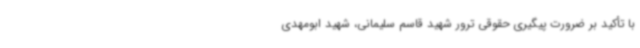
با تأکید بر ضرورت پیگیری حقوقی ترور شهید قاسم سلیمانی، شهید ابومهدی